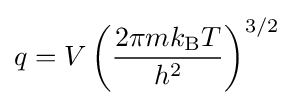
q=V\left({\frac {2\pi mk_{\rm {B}}T}{h^{2}}}\right)^{3/2}